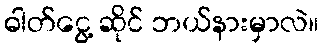
ဓါတ်ငွေ့ ဆိုင် ဘယ်နားမှာလဲ။